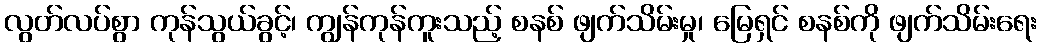
လွတ်လပ်စွာ ကုန်သွယ်ခွင့်၊ ကျွန်ကုန်ကူးသည့် စနစ် ဖျက်သိမ်းမှု၊ မြေရှင် စနစ်ကို ဖျက်သိမ်းရေး